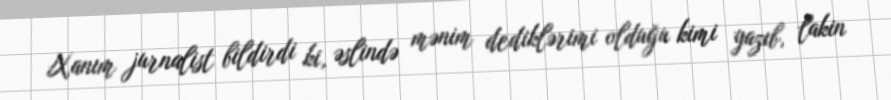
Xanım jurnalist bildirdi ki, əslində mənim dediklərimi olduğu kimi yazıb, lakin